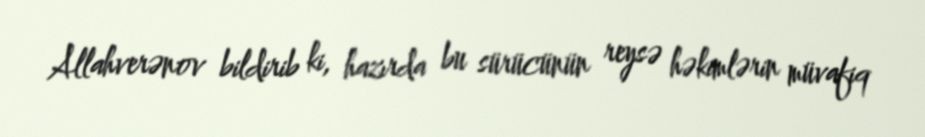
Allahverənov bildirib ki, hazırda bu sürücünün reysə həkimlərin müvafiq